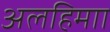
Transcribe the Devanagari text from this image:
अलहिमाा